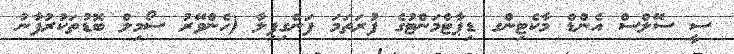
ސީ ސޭލްސް އެންޑް މާކެޓިންގ ޑިޕާޓްމަންޓުގެ ފުރަތަމަ ފަންގިފިލާ (ހެންވޭރު ސޯމިލް ބޮޑުތަކުރުފާނު